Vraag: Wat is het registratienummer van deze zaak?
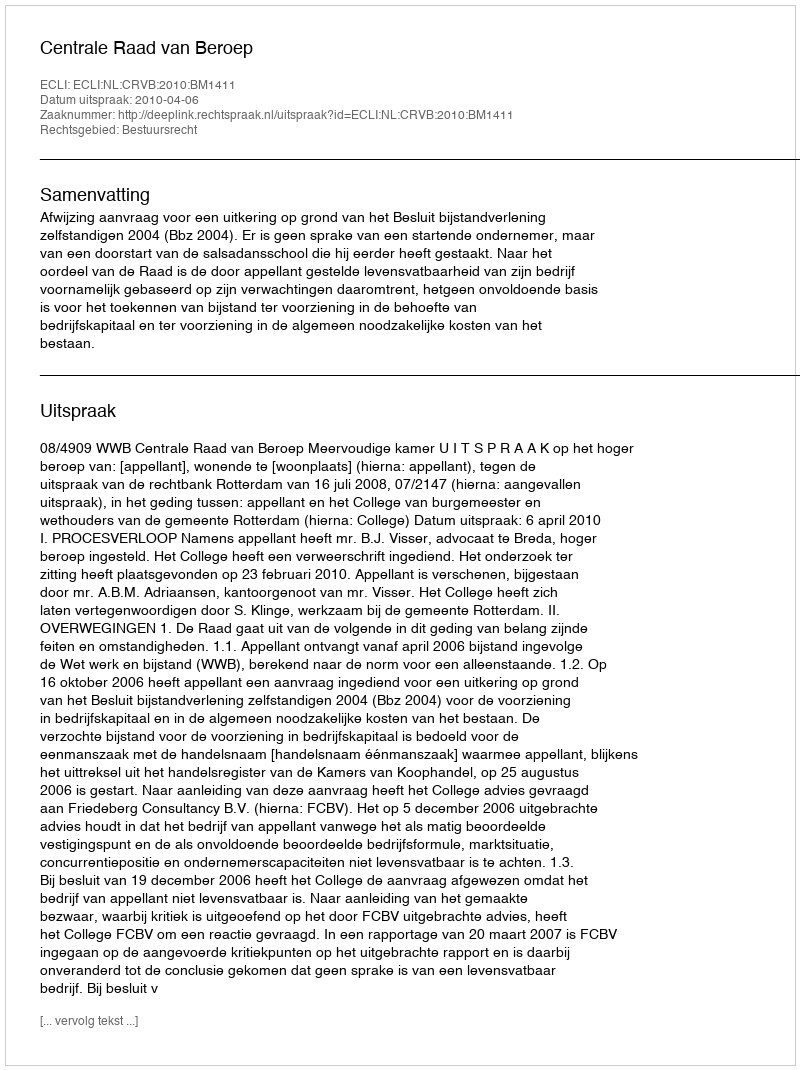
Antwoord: http://deeplink.rechtspraak.nl/uitspraak?id=ECLI:NL:CRVB:2010:BM1411